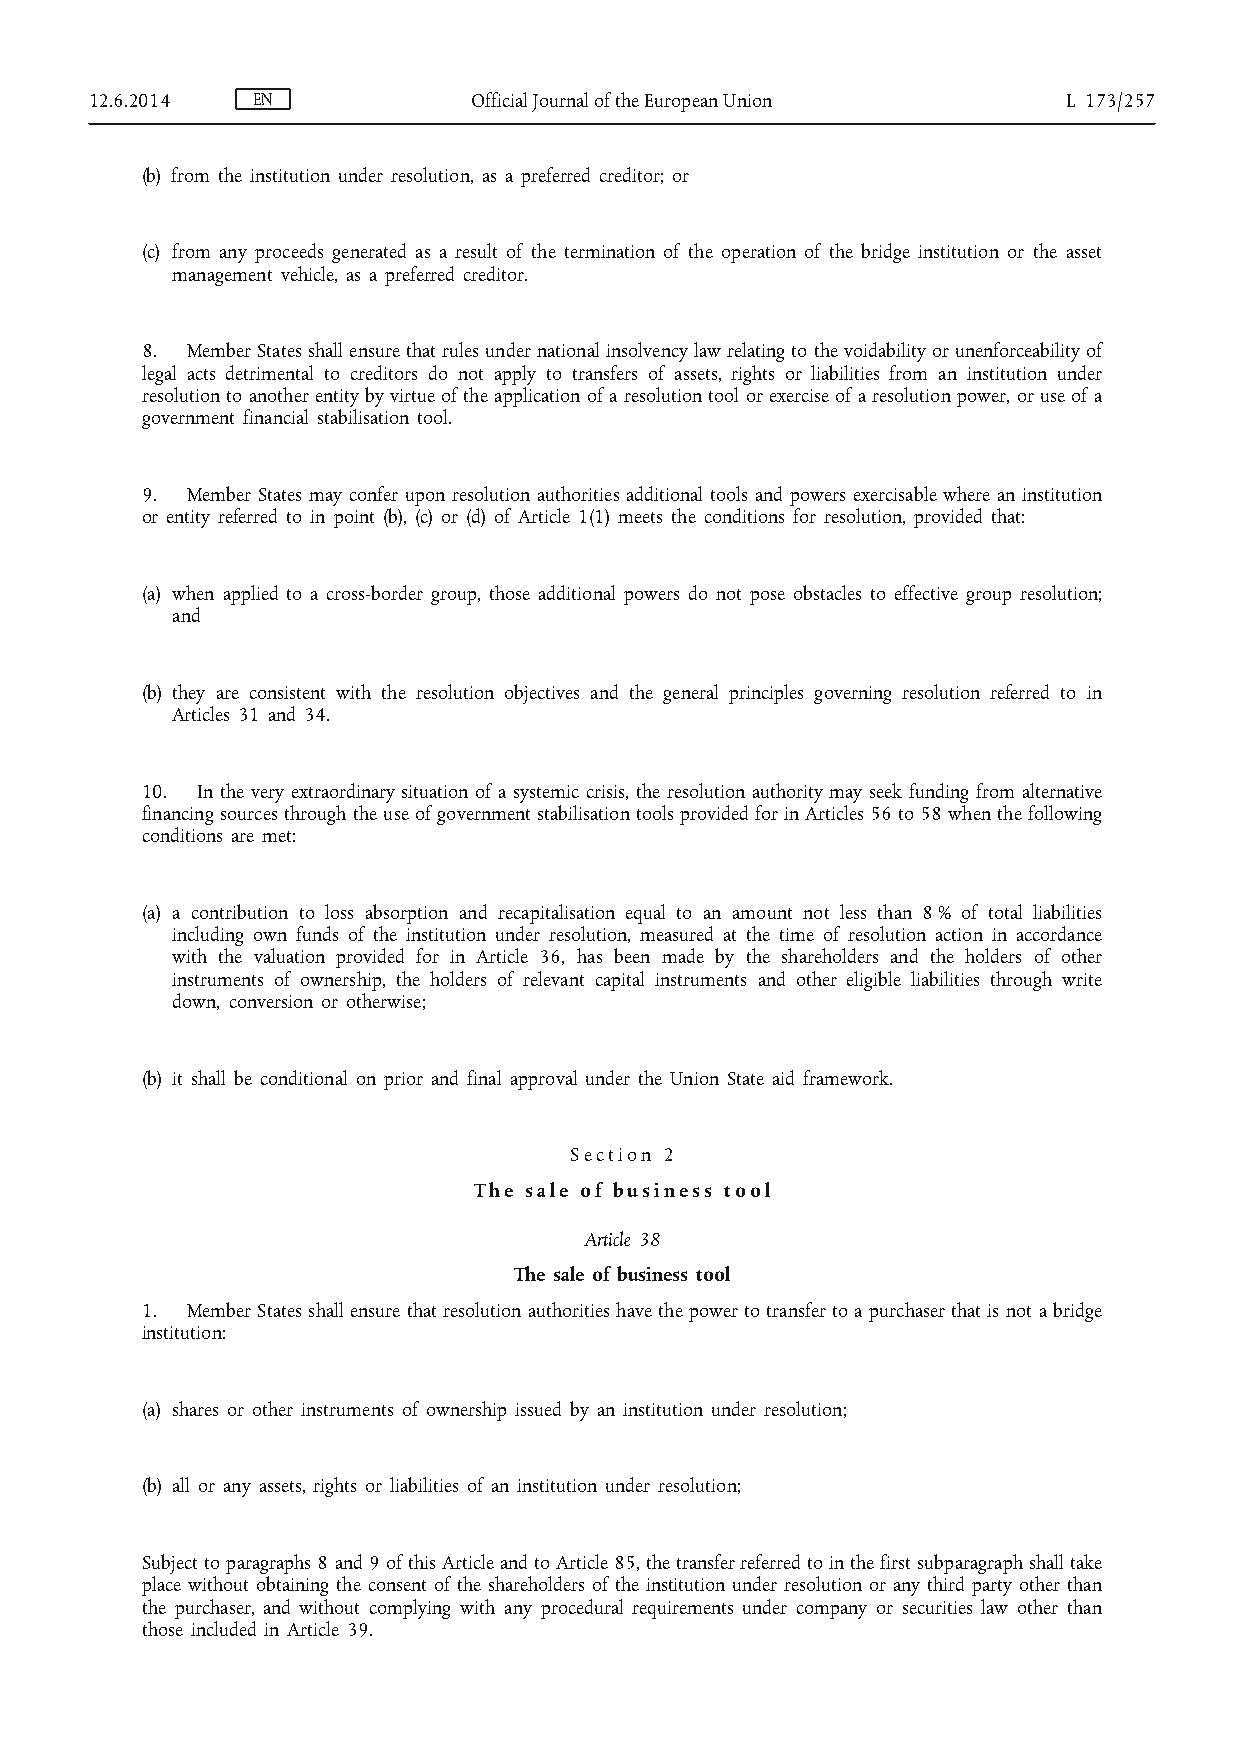
12.6.2014  EN            Official Journal of the European Union  L 173/257
 (b) from the institution under resolution, as a preferred creditor; or
 (c) from any proceeds generated as a result of the termination of the operation of the bridge institution or the asset
 management vehicle, as a preferred creditor.
 8. Member States shall ensure that rules under national insolvency law relating to the voidability or unenforceability of
 legal acts detrimental to creditors do not apply to transfers of assets, rights or liabilities from an institution under
 resolution to another entity by virtue of the application of a resolution tool or exercise of a resolution power, or use of a
 government financial stabilisation tool.
 9. Member States may confer upon resolution authorities additional tools and powers exercisable where an institution
 or entity referred to in point (b), (c) or (d) of Article 1(1) meets the conditions for resolution, provided that:
 (a) when applied to a cross-border group, those additional powers do not pose obstacles to effective group resolution;
 and
 (b) they are consistent with the resolution objectives and the general principles governing resolution referred to in
 Articles 31 and 34.
 10. In the very extraordinary situation of a systemic crisis, the resolution authority may seek funding from alternative
 financing sources through the use of government stabilisation tools provided for in Articles 56 to 58 when the following
 conditions are met:
 (a) a contribution to loss absorption and recapitalisation equal to an amount not less than 8 % of total liabilities
 including own funds of the institution under resolution, measured at the time of resolution action in accordance
 with the valuation provided for in Article 36, has been made by the shareholders and the holders of other
 instruments of ownership, the holders of relevant capital instruments and other eligible liabilities through write
 down, conversion or otherwise;
 (b) it shall be conditional on prior and final approval under the Union State aid framework.
 S e c t i o n 2
 T h e s a l e o f b u s i n e s s t o o l
 Article 38
 The sale of business tool
 1. Member States shall ensure that resolution authorities have the power to transfer to a purchaser that is not a bridge
 institution:
 (a) shares or other instruments of ownership issued by an institution under resolution;
 (b) all or any assets, rights or liabilities of an institution under resolution;
 Subject to paragraphs 8 and 9 of this Article and to Article 85, the transfer referred to in the first subparagraph shall take
 place without obtaining the consent of the shareholders of the institution under resolution or any third party other than
 the purchaser, and without complying with any procedural requirements under company or securities law other than
 those included in Article 39.